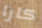
كارا